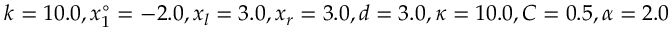
k = 1 0 . 0 , x _ { 1 } ^ { \circ } = - 2 . 0 , x _ { l } = 3 . 0 , x _ { r } = 3 . 0 , d = 3 . 0 , \kappa = 1 0 . 0 , C = 0 . 5 , \alpha = 2 . 0